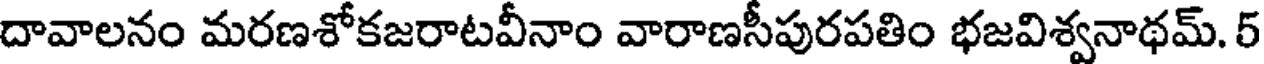
దావాలనం మరణశోకజరాటవీనాం వారాణసీపురపతిం భజవిశ్వనాథమ్. 5